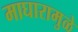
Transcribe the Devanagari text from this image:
माघारामुळे